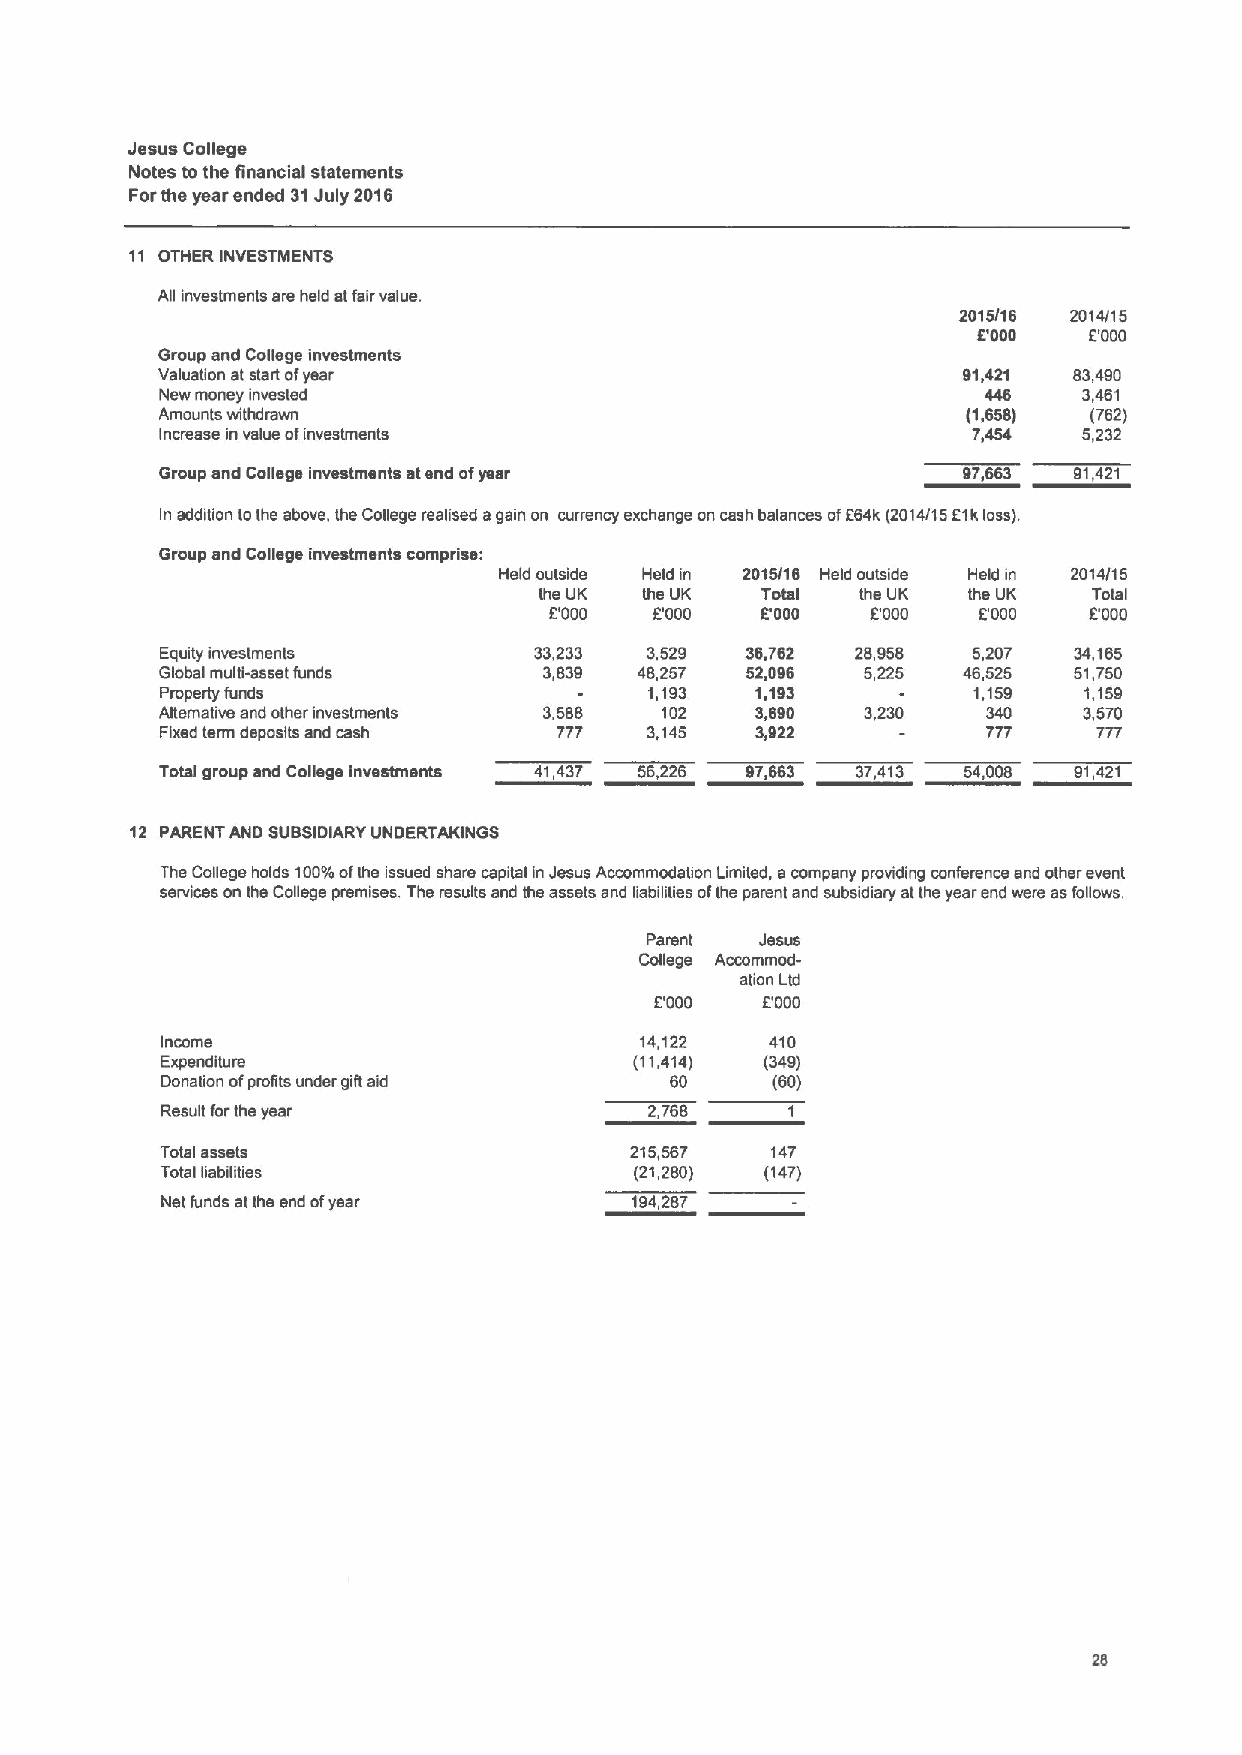
Jesus College
 Notes tothe financial statements
 Forthe year ended 31July 2016
 11 OTHER INVESTMENTS
 Afi investments are held at fair value.
 2015/16 2014/15
 BOOO   E000
 Group and College investments
 Valuation at start ofyear                             91,421 83,490
 New money invested                                           3,461
 Amounts withdrawn                                     (1,658) (762)
 Increase in value ofinvestments                      7,454   5,232
 Group and College investments atend ofyear           97,663 91,421
 In addition tothe above, the Cofiege realised again on currency exchange on cash balances of864k (2014/15 81kloss).
 Group and College investments comprise:
 Held outside Held in 2015/16 Held outside Held in 2014/15
 the UK the UK Total  the UK the UK  Total
 E'000  POOO   k'000   EOOO   EOOO   B000
 Equity investments      33,233  3,529 36,762  28,958 5,207  34,165
 Global multi-asset funds 3,839 48,257 52,096  5,225  46,525 51,750
 Property funds                  1,193  1,193     -   1,159   1,159
 Alternative and other investments 3,588 102 3,690 3,230 340  3,570
 Fixed term deposits and cash 777 3,145 3,922          777     777
 Total group and College Investments 41,437 56,226 97,663 37,413 54,008 91,421
 12 PARENT AND SUBSIDIARY UNDERTAKINGS
 The College holds IOOM ofthe issued share capital in Jesus Accommodation Limited, acompany providing conference and other event
 services on the College premises. The results and the assets and liabilities ofthe parent and subsidiary atthe year end were as follows.
 Parent Jesus
 Cofiege Accommod-
 ation Ltd
 B000   BOOO
 Income                         14,122   410
 Expenditure                    (11,414) (349)
 Donation ofprofits under gift aid 60    (60)
 Result forthe year              2,768
 Total assets                   215,567  147
 Total liabilities              (21,280) (147)
 Net funds atthe end ofyear     194,287